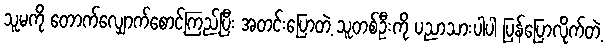
သူမကို တောက်လျှောက်စောင့်ကြည့်ပြီး အတင်းပြောတဲ့ သူတစ်ဦးကို ပညာသားပါပါ ပြန်ပြောလိုက်တဲ့